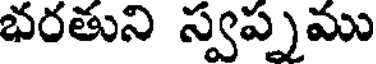
భరతుని స్వప్పము